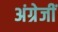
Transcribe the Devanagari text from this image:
अंग्रेजीं